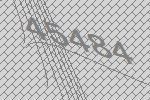
45484